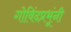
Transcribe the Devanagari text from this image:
गोविंदप्रभूंनी